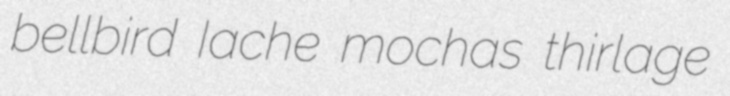
bellbird Iache mochas thirlage